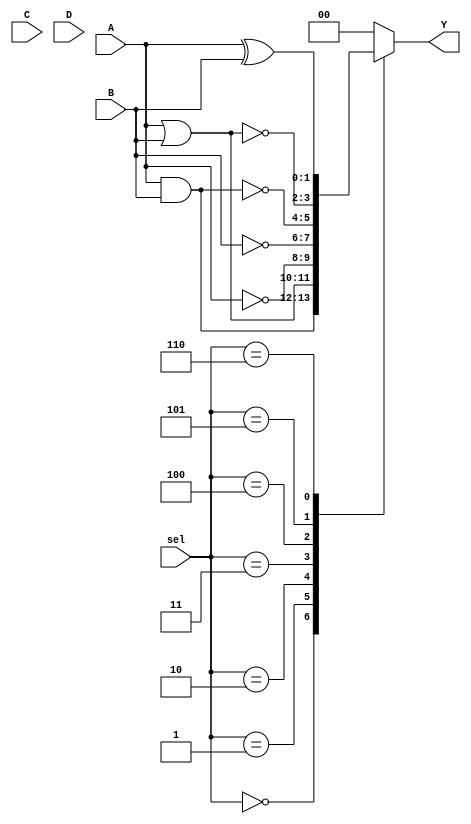
module combinational_logic_block (
    input  wire [1:0] A,   // 2-bit input A
    input  wire [1:0] B,   // 2-bit input B
    input  wire [1:0] C,   // 2-bit input C
    input  wire [1:0] D,   // 2-bit input D
    input  wire [2:0] sel, // Selector for operation
    output wire [1:0] Y    // 2-bit output Y
);

// Internal signals for logic operations
wire [1:0] and_result;
wire [1:0] or_result;
wire [1:0] not_result_A;
wire [1:0] not_result_B;
wire [1:0] nand_result;
wire [1:0] nor_result;
wire [1:0] xor_result;

// Basic Logic Operations
assign and_result   = A & B;       // AND operation
assign or_result    = A | B;       // OR operation
assign not_result_A = ~A;          // NOT operation
assign not_result_B = ~B;          // NOT operation
assign nand_result  = ~(A & B);    // NAND operation
assign nor_result   = ~(A | B);    // NOR operation
assign xor_result    = A ^ B;      // XOR operation

// Mux for selecting output based on `sel` input
always @(*) begin
    case (sel)
        3'b000: Y = and_result;   // Select AND
        3'b001: Y = or_result;    // Select OR
        3'b010: Y = not_result_A;  // Select NOT A
        3'b011: Y = not_result_B;  // Select NOT B
        3'b100: Y = nand_result;   // Select NAND
        3'b101: Y = nor_result;    // Select NOR
        3'b110: Y = xor_result;    // Select XOR
        default: Y = 2'b00;        // Default case
    endcase
end

endmodule